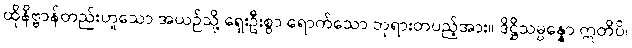
ထိုနိဗ္ဗာန်တည်းဟူသော အယဉ်သို့ ရှေးဦးစွာ ရောက်သော ဘုရားတပည့်အား။ ဒိဋ္ဌိသမ္ပန္နော ဣတိပိ၊